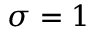
\sigma = 1